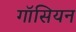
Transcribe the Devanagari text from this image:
गॉसियन